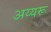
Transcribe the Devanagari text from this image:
अय्यरू